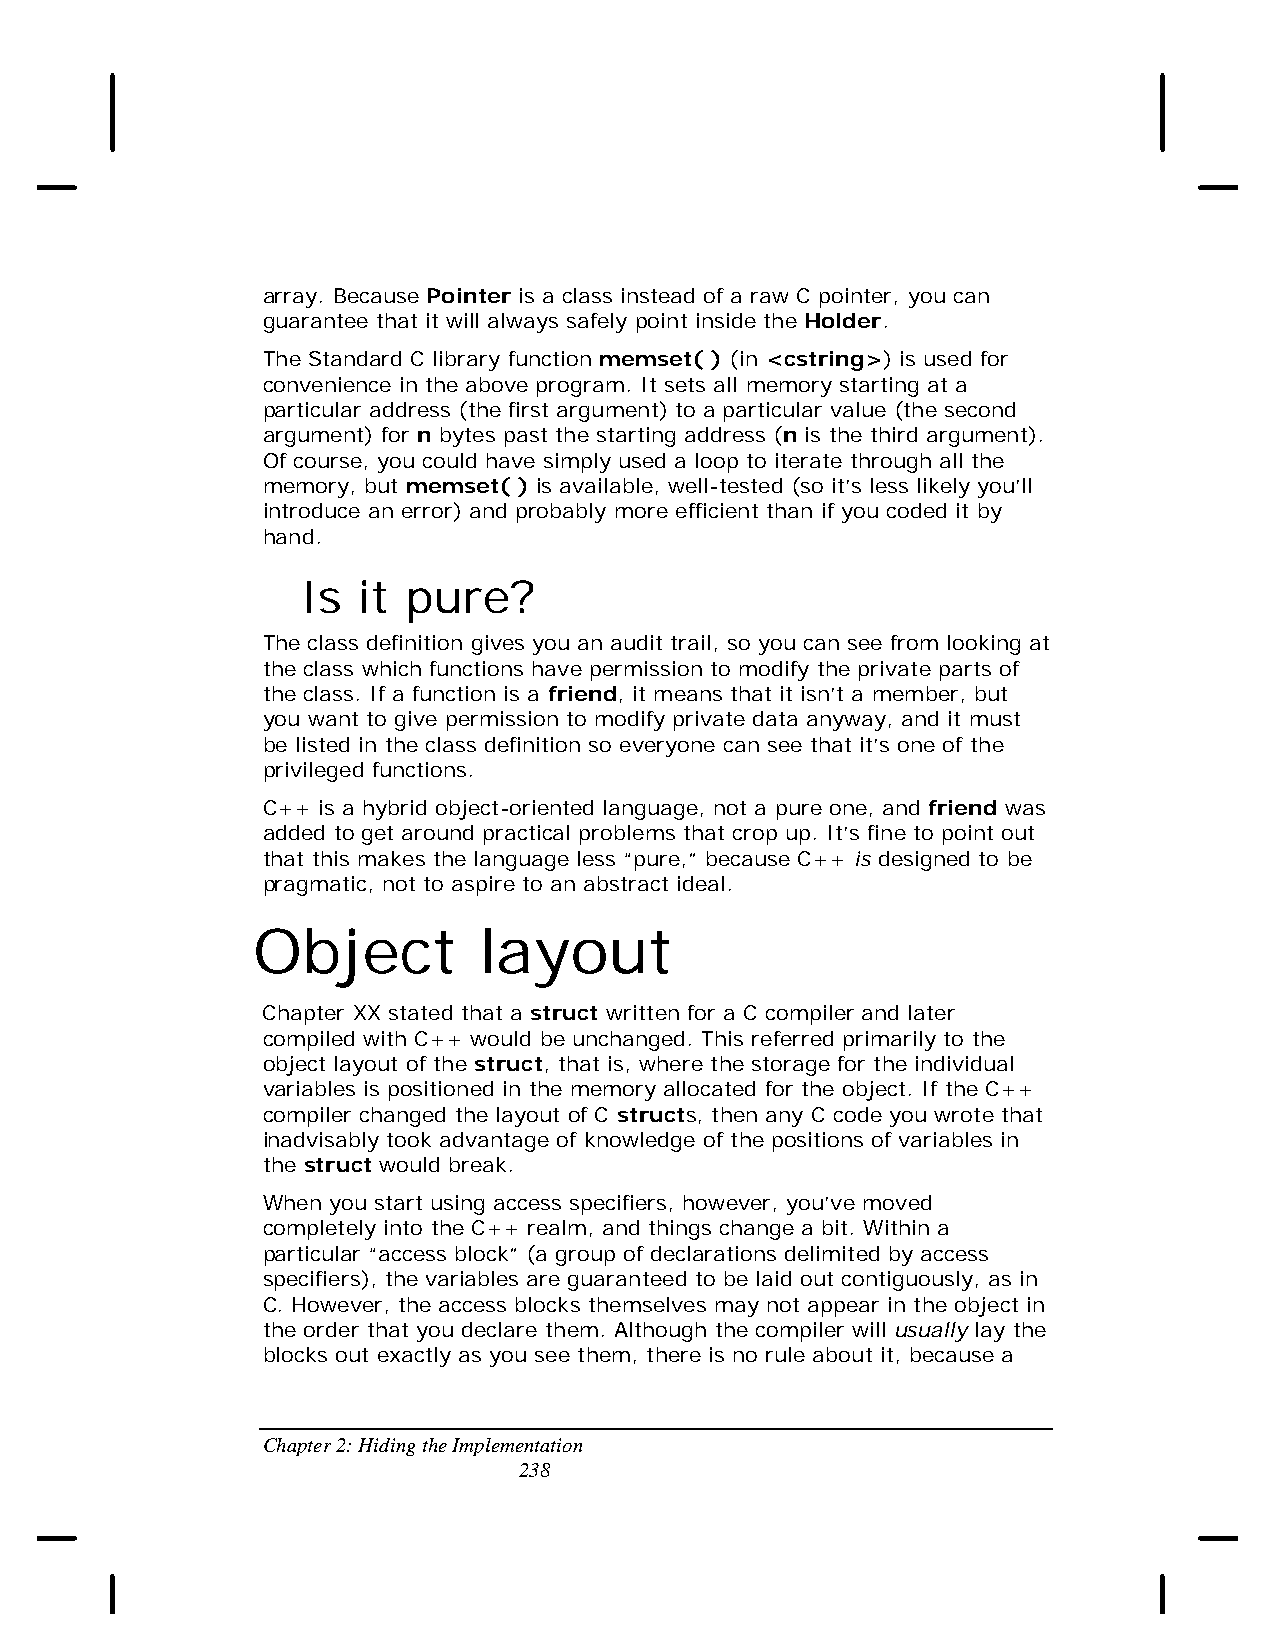
array. Because Pointer is a class instead of a raw C pointer, you can
 guarantee that it will always safely point inside the Holder.
 The Standard C library function memset( ) (in <cstring>) is used for
 convenience in the above program. It sets all memory starting at a
 particular address (the first argument) to a particular value (the second
 argument) for n bytes past the starting address (n is the third argument).
 Of course, you could have simply used a loop to iterate through all the
 memory, but memset( ) is available, well-tested (so it’s less likely you’ll
 introduce an error) and probably more efficient than if you coded it by
 hand.
 Is  it pure?
 The class definition gives you an audit trail, so you can see from looking at
 the class which functions have permission to modify the private parts of
 the class. If a function is a friend, it means that it isn’t a member, but
 you want to give permission to modify private data anyway, and it must
 be listed in the class definition so everyone can see that it’s one of the
 privileged functions.
 C++ is a hybrid object-oriented language, not a pure one, and friend was
 added to get around practical problems that crop up. It’s fine to point out
 that this makes the language less “pure,” because C++ is designed to be
 pragmatic, not to aspire to an abstract ideal.
 Object         layout
 Chapter XX stated that a struct written for a C compiler and later
 compiled with C++ would be unchanged. This referred primarily to the
 object layout of the struct, that is, where the storage for the individual
 variables is positioned in the memory allocated for the object. If the C++
 compiler changed the layout of C structs, then any C code you wrote that
 inadvisably took advantage of knowledge of the positions of variables in
 the struct would break.
 When you start using access specifiers, however, you’ve moved
 completely into the C++ realm, and things change a bit. Within a
 particular “access block” (a group of declarations delimited by access
 specifiers), the variables are guaranteed to be laid out contiguously, as in
 C. However, the access blocks themselves may not appear in the object in
 the order that you declare them. Although the compiler will usually lay the
 blocks out exactly as you see them, there is no rule about it, because a
 Chapter 2: Hiding the Implementation
 238